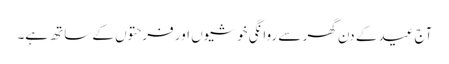
آج عید کے دن گھر سے روانگی خوشیوں اور فرحتوں کے ساتھ ہے۔